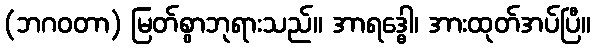
(ဘဂဝတာ) မြတ်စွာဘုရားသည်။ အာရဒ္ဓေါ၊ အားထုတ်အပ်ပြီ။